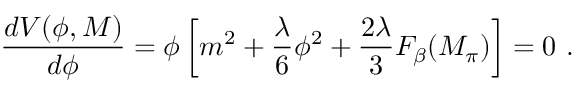
{ \frac { d V ( \phi , M ) } { d \phi } } = \phi \left[ m ^ { 2 } + \frac { \lambda } { 6 } \phi ^ { 2 } + \frac { 2 \lambda } { 3 } F _ { \beta } ( M _ { \pi } ) \right] = 0 ~ .